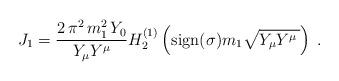
LaTeX: \begin{align*}J_1 = \frac{2 \, \pi^2 \, m_1^2\, Y_0 }{Y_\mu Y^\mu }H_2^{(1)} \left( {\rm sign}(\sigma) m_1 \sqrt{Y_\mu Y^\mu \,} \right) \;.\end{align*}